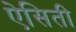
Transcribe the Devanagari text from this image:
ऐसिती